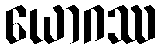
ယောဂဿ